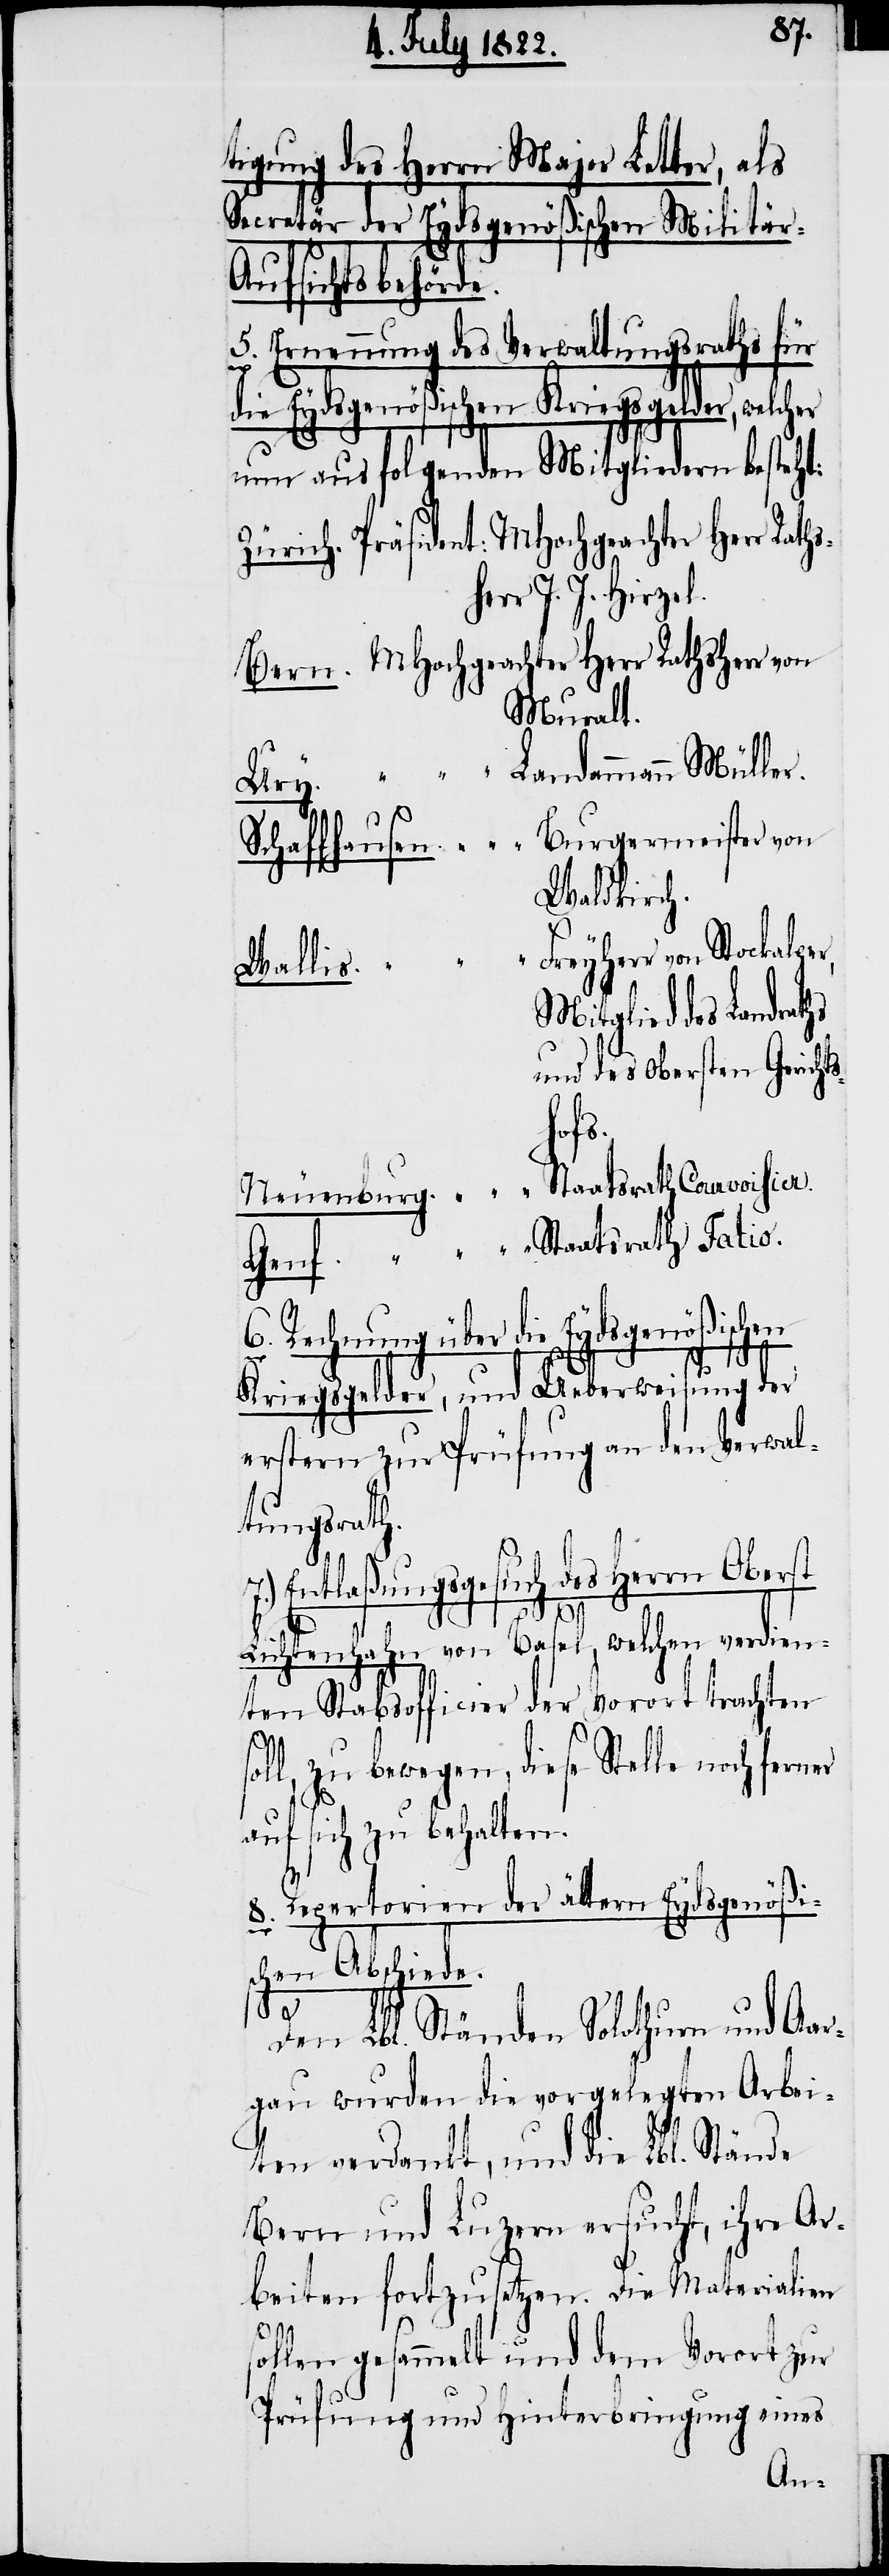
tigung des Herrn Major Letter, als
Secretär der Eydsgenößischen Militär-A¬
ufsichtsbehörde.
5. Erneuerung des Verwaltungsraths für
die Eydsgenößischen Kriegsgelder, welcher
nun aus folgenden Mitgliedern besteht:
Zürich. Präsident: MHochgeachter Herr Rath¬
err J. J. Hirzel.
Bern. MHochgeachter 	Herr Rathsherr von
Muralt.
Verwa¬
n.	„	Burgermeister von
Schaffhause¬
Waldkirch.
Mitglied des Landraths
und des Obersten	Gerichts¬
Genf.
Neuenburg		„	Staatsrath Courvoihier.
6. Rechnung über die Eydsgenößischen
Kriegsgelder, und Ueberweisung der
ltungsrath.
er
7.) Entlaßungsgesuch des Herrn Oberst
Lichtenhahn von Basel, welchen verdien¬
ten Stabsofficier der Vorort trachten
ll, zu bewegen, diese Stelle noch fern¬
auf sich behalten.
8. Repertorien der ältern Eydsgenößis¬
chen Abschiede.
den
Den Lbl. Ständen Solothurn und Aar¬
gau wurden die vorgelegten Arbei¬
ten verdankt, und die Lbl. Stände
Bern und Luzern ersucht, ihre Ar¬
beiten fortzusetzen. Die Materialien
sollen gesammelt und dem Vorort zur
Prüfung und Hinterbringung eines